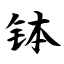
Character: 钵